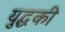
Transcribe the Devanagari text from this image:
युद्धकी